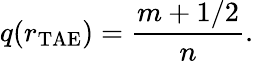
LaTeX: q(r_{\mathrm{TAE}})=\frac{m+1/2}{n}.